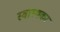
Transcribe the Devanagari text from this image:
स्वास्थकर